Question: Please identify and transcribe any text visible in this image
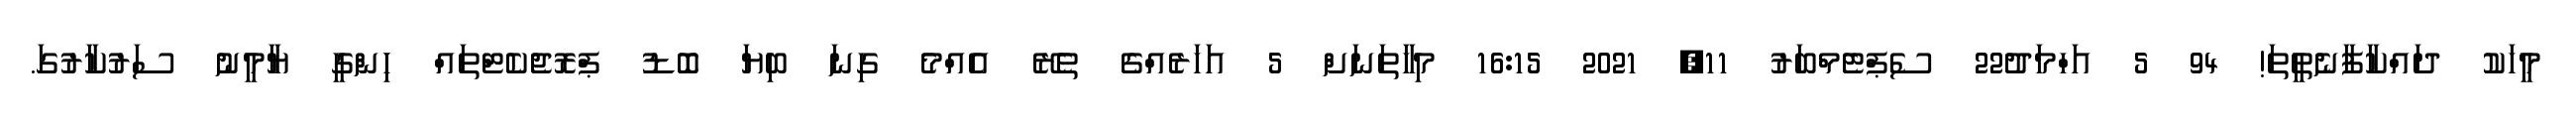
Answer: މީހަކު ދައްކާފާނެތީތަ! 94 5 އަހްމަދު22 ސެޕްޓެމްބަރު 11, 2021 16:15 މިހާތަނަށް 5 އަހަރެއްގެ ތެރޭ އެއްމެ ގިނަ ބިޔަ ބޮޑު ޕްރޮޖެކެޓްތައް ހިންގީ ޔާމީނު ސަރުކާރުގަ.